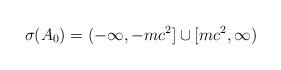
LaTeX: \begin{align*} \sigma(A_0) = (-\infty, -m c^2] \cup [m c^2, \infty)\end{align*}